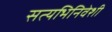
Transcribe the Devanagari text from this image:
सत्यभिनिवेशी